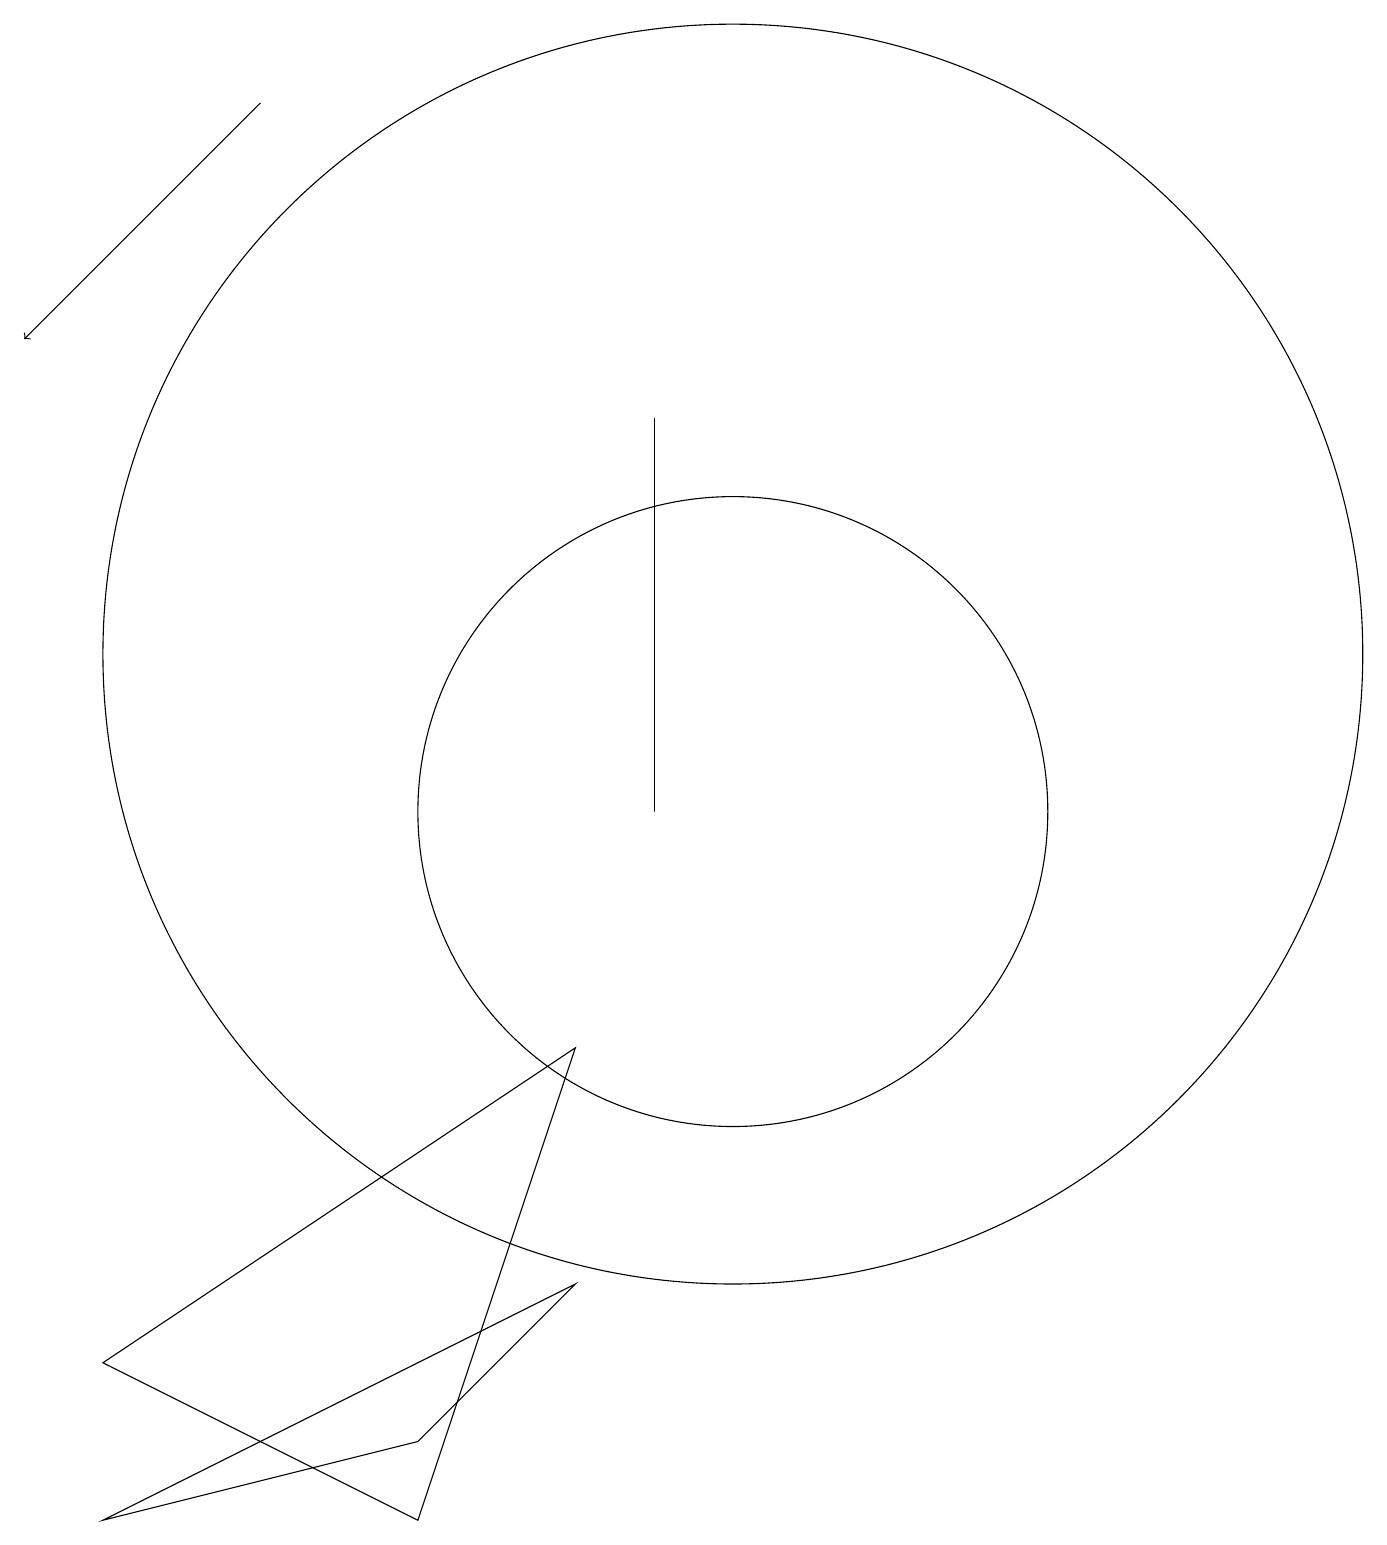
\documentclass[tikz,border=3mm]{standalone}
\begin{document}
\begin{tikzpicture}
\draw (10,12) circle (0);
\draw (10,12) circle (8);
\draw (10,10) circle (4);
\draw[->] (4,19) -- (1,16);
\draw (6,2) -- (8,4) -- (2,1) -- cycle;
\draw (9,15) rectangle (9,10);
\draw (8,7) -- (6,1) -- (2,3) -- cycle;
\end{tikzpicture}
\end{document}